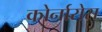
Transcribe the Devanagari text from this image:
कोर्नारोस